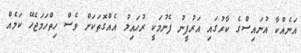
އަނެއްކާ އުނައިސްގެ ކާރުގައި އަރުފީނު ފެނުމަކީ ރުހައިލު އެއްގޮތަކަށް ވެސް ހިތްހަމަޖެހޭ ކަމެއް